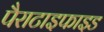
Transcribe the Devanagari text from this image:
पैराटाइफाइड